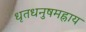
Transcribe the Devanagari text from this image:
धृतधनुषमह्नाय